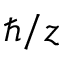
\hbar / z